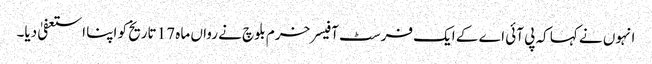
انہوں نے کہا کہ پی آئی اے کے ایک فرسٹ آفیسر خرم بلوچ نے رواں ماہ 17 تاریخ کو اپنا استعفیٰ دیا۔